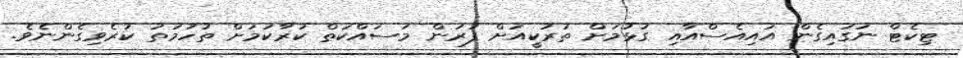
ޓިކެޓް ނަގައިގެން އައިއެސްއާއި ގުޅުމަށް ތުރުކީއަށް ފުރަން މަސައްކަތް ކުރާކަމަށް ތުހުމަތު ކުރެވިގެންނެވެ.